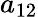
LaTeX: a_{12}